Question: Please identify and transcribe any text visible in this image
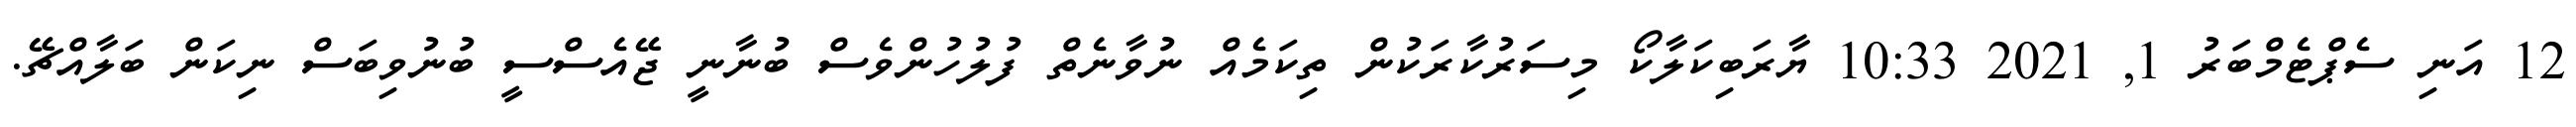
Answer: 12 އަނި ސެޕްޓެމްބަރު 1, 2021 10:33 ޔާރަބިކަލާކޯ މިސަރުކާރަކުން ތިކަމެއް ނުވާނެތް ފުލުހުންވެސް ބުނާނީ ޖޭއެސްސީ ބުނުވިބަސް ނިކަން ބަލާއްޗޭ.